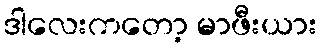
ဒါလေးကတော့ မာဖီးယား